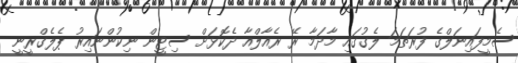
ސެމީފައިނަލްގެ ފުރަތަމަ ލެގުގައި މާދަމާ ރޭ ރެއާލްއާ ދެކޮޅަށް ސިޓީން ނިކުންނައިރު ޕެލެގްރީނީ